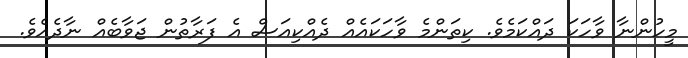
މީހުންނާ ވާހަކަ ދައްކަމެވެ. ކިތަންމެ ވާހަކައެއް ދެއްކިއަސް އެ ފަރާތުން ޖަވާބެއް ނާދެއެވެ.